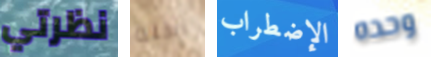
نظرتي آكلة الإضطراب وحده